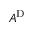
A ^ { \mathrm { D } }